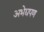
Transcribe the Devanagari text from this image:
अभेद्यपण